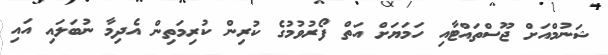
ޝަނުމްއަށް ޖޫސްތައްޓާއި ހަމަޔަށް އަތް ފޯރުވުމުގެ ކުރިން ކުރިމަތިން އެދިމާ ނުބަލައި އައި